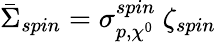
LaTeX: \bar{\Sigma}_{spin}=\sigma_{p,\chi^{0}}^{spin}~\zeta_{spin}